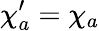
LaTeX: \chi_{a}^{\prime}=\chi_{a}